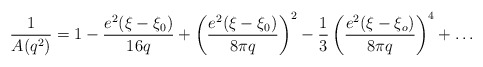
\begin{align*}\frac{1}{A(q^2)} = 1 - \frac{e^2(\xi - \xi_0)}{16q} + \left(\frac{e^2(\xi - \xi_0)}{8\pi q}\right)^2 - \frac{1}{3} \left(\frac{e^2(\xi - \xi_o)}{8\pi q}\right)^4 + \ldots\end{align*}